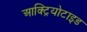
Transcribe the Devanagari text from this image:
आक्ट्रियोटाइड